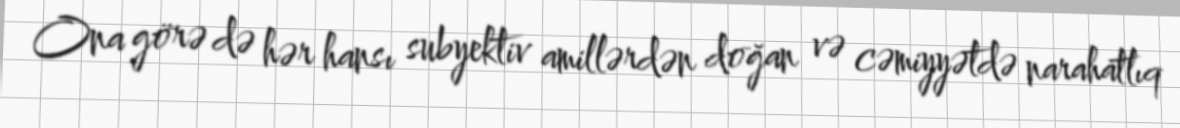
Ona görə də hər hansı subyektiv amillərdən doğan və cəmiyyətdə narahatlıq